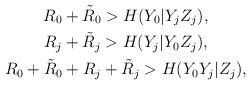
LaTeX: \begin{align*} \begin{gathered}R_{0} + \tilde{R}_{0} > H(Y_{0}|Y_{j}Z_{j}), \\R_{j} + \tilde{R}_{j} > H(Y_{j}|Y_{0}Z_{j}), \\R_{0} + \tilde{R}_{0} + R_{j} + \tilde{R}_{j} > H(Y_{0}Y_{j}|Z_{j}), \\\end{gathered}\end{align*}